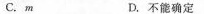
C. m D. 不能确定